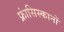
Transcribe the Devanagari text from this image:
फ्रांसिस्कानों